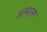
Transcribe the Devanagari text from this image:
अह्शमा